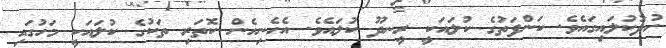
ހުދުކުލައިގައެވެ. ކަންފަތުގެ ކުލައަކީ ރީނދޫ ކުލައެވެ. އެހެނިހެން ކޮތަރި ތަކުގެ ކުލައަކީ މަހުގައި